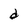
Character: d